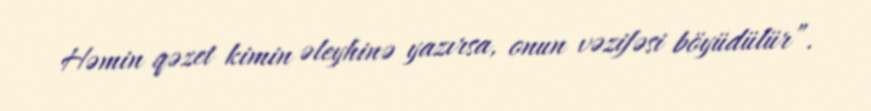
Həmin qəzet kimin əleyhinə yazırsa, onun vəzifəsi böyüdülür”.